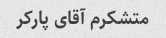
متشکرم آقای پارکر